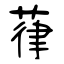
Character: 葎